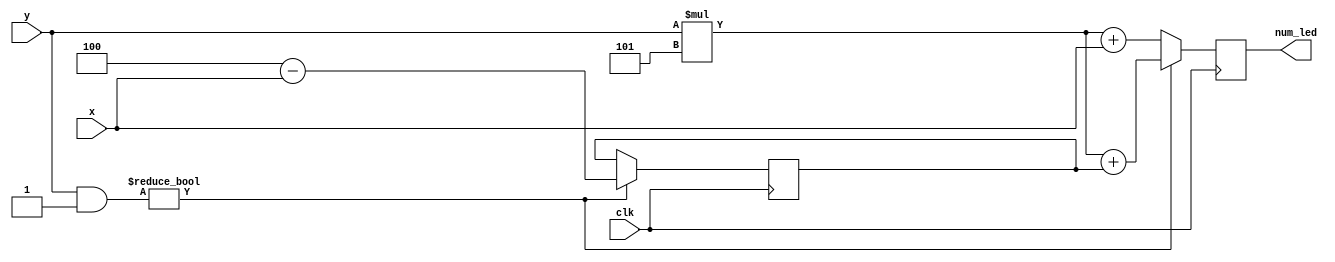
module XY_to_num_led (
        input [3:0] x, y,
        input clk,
        output reg [7:0] num_led
);
        parameter MATRIX_W = 5;
        parameter MATRIX_H = 5;

        reg [3:0] reverse_x;

        always @(posedge clk) begin
            if (y & 1'b1) begin
                reverse_x <= (MATRIX_W - 1) - x;
                num_led <= (y * MATRIX_W) + reverse_x;
            end else begin
                num_led <= (y * MATRIX_W) + x;
            end
        end
endmodule